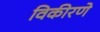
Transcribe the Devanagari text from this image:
विकीरणे